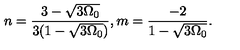
n = \frac { 3 - \sqrt { 3 \Omega _ { 0 } } } { 3 ( 1 - \sqrt { 3 \Omega _ { 0 } } ) } , m = \frac { - 2 } { 1 - \sqrt { 3 \Omega _ { 0 } } } .